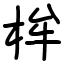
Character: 桙